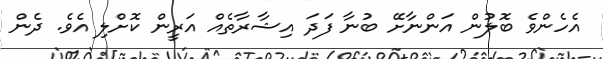
އެހެންވެ ބޮލުން އަންނާށޭ ބުނާ ފަދަ އިޝާރާތެއް އަރީން ކޮށްލި އެވެ. ދެން